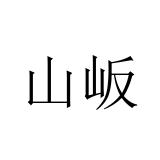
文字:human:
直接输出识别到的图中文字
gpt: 山岅